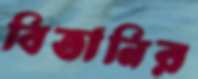
বিতানির